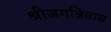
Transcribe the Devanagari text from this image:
श्रीजगन्निवास